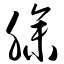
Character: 臊